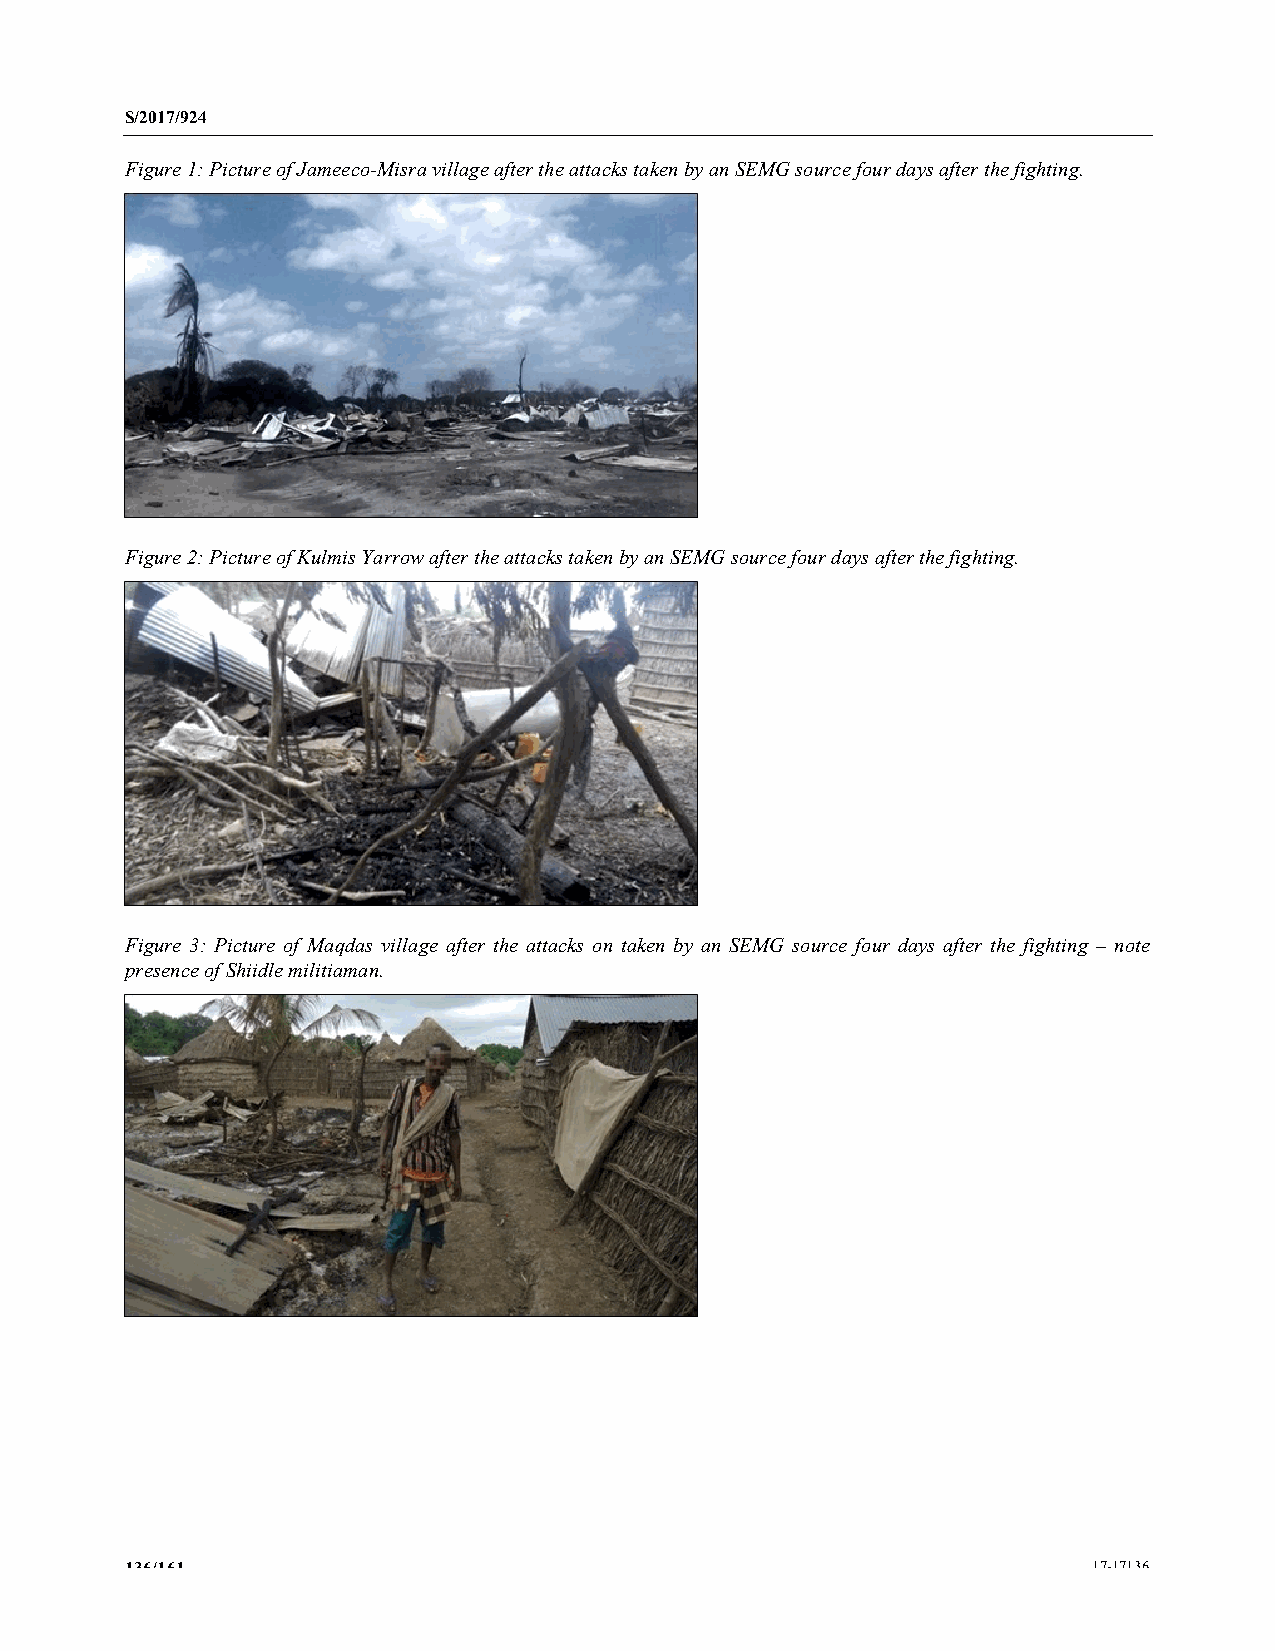
S/2017/924
 Figure 1: Picture of Jameeco-Misra village after the attacks taken by an SEMG source four days after the fighting.
 Figure 2: Picture of Kulmis Yarrow after the attacks taken by an SEMG source four days after the fighting.
 Figure 3: Picture of Maqdas village after the attacks on taken by an SEMG source four days after the fighting – note
 presence of Shiidle militiaman.
 136/161                                                         17-17136